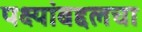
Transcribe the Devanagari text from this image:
पक्ष्यांबद्दलचा